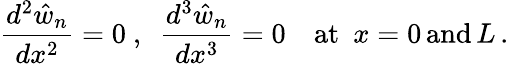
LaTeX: {\frac{d^{2}{\hat{w}}_{n}}{dx^{2}}}=0~,~~{\frac{d^{3}{\hat{w}}_{n}}{dx^{3}}}=0\quad{\mathrm{at}}~~x=0\, {\mathrm{and}}\, L\, .